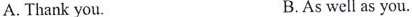
A.Thank you. B.As well as you.